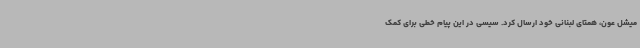
میشل عون، همتای لبنانی خود ارسال کرد. سیسی در این پیام خطی برای کمک